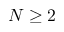
N \ge 2